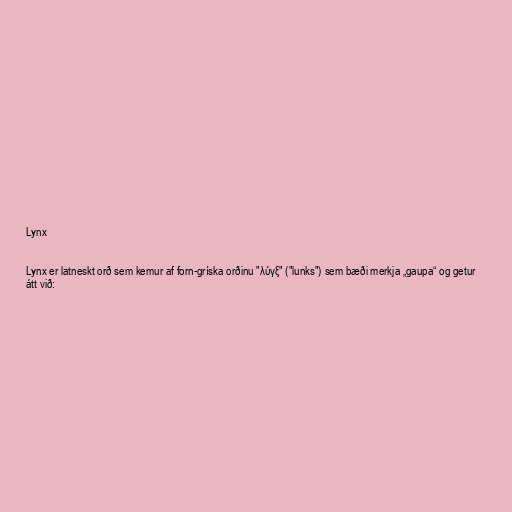
Lynx

Lynx er latneskt orð sem kemur af forn-gríska orðinu "λύγξ" ("lunks") sem bæði merkja „gaupa“ og getur
átt við: